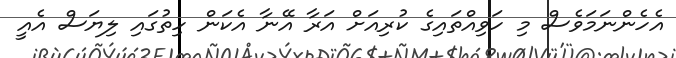
އެހެންނަމަވެސް މި ހަވިއްތައިގެ ކުރިއަށް އަރާ އޭނާ އެކަން ހިތުގައި ލިޔަސް އެއީ